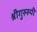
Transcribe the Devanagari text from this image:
श्रीगुरुरुपी